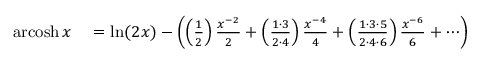
\begin{array} { r l } { \operatorname { a r c o s h } x } & { { } = \ln ( 2 x ) - \left( \left( { \frac { 1 } { 2 } } \right) { \frac { x ^ { - 2 } } { 2 } } + \left( { \frac { 1 \cdot 3 } { 2 \cdot 4 } } \right) { \frac { x ^ { - 4 } } { 4 } } + \left( { \frac { 1 \cdot 3 \cdot 5 } { 2 \cdot 4 \cdot 6 } } \right) { \frac { x ^ { - 6 } } { 6 } } + \cdots \right) } \end{array}